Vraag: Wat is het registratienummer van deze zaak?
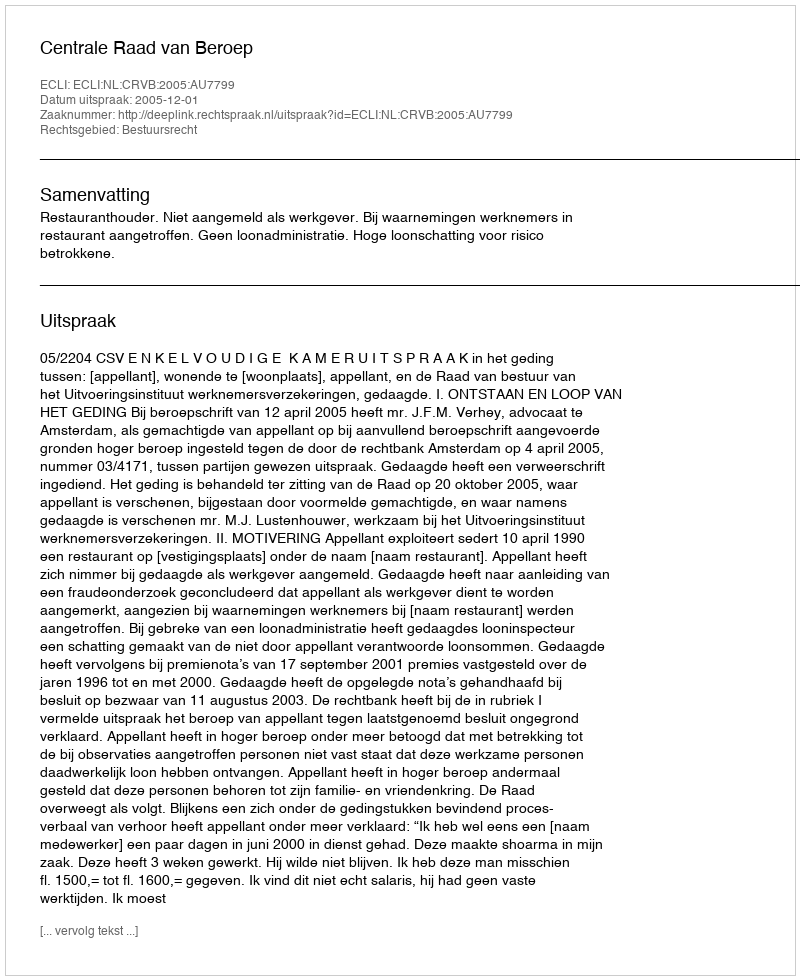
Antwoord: http://deeplink.rechtspraak.nl/uitspraak?id=ECLI:NL:CRVB:2005:AU7799